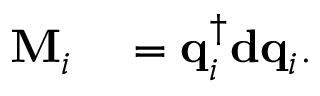
\begin{array} { r l } { \mathbf { M } _ { i } } & { { } = \mathbf { q } _ { i } ^ { \dagger } \mathbf { d } \mathbf { q } _ { i } . } \end{array}